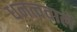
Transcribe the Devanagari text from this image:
धनत्ववाले